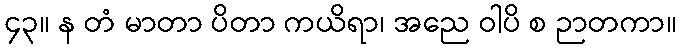
၄၃။ န တံ မာတာ ပိတာ ကယိရာ၊ အညေ ဝါပိ စ ဉာတကာ။